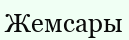
Жемсары